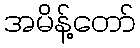
အမိန့်တော်